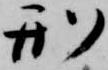
刑